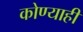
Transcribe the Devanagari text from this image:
कोण्याही